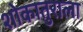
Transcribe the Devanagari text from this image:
शोकातुराला